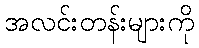
အလင်းတန်းများကို